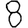
Digit: 8